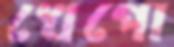
খেপো